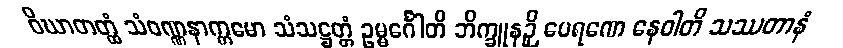
ဝိဃာတတ္ထံ သံဝဏ္ဏနာက္ကမော သံသဋ္ဌတ္တံ ဥမ္မင်္ဂေါတိ ဘိက္ခူနဉှိ ပေရဏေ နေဝါတိ သဿတာနံ